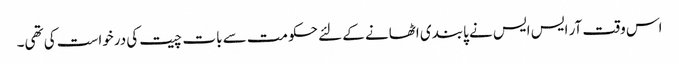
اس وقت آر ایس ایس نے پابندی اٹھانے کے لئے حکومت سے بات چیت کی درخواست کی تھی۔